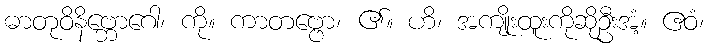
ဓာတုဝိနိဗ္ဘောဂေါ၊ ကို။ ကာတဗ္ဗော၊ ၏။ ဟိ၊ အကျိုးထူးကိုဆိုဦးအံ့။ ဧဝံ၊